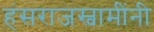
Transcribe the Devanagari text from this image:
हंसराजस्वामींनी